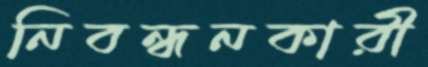
নিবন্ধনকারী